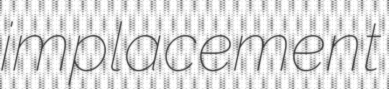
implacement